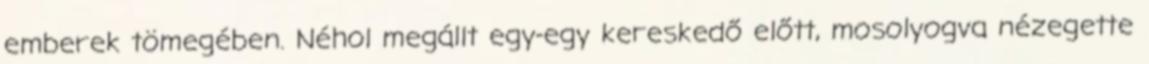
emberek tömegében. Néhol megállt egy-egy kereskedő előtt, mosolyogva nézegette